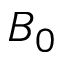
B _ { 0 }